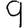
Digit: 9